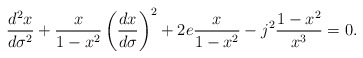
\begin{align*}\frac{d^2x}{d\sigma^2}+\frac{x}{1-x^2}\left(\frac{dx}{d\sigma}\right)^2+2e\frac{x}{1-x^2}-j^2\frac{1-x^2}{x^3}=0.\end{align*}